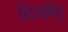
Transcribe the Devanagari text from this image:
चित्रबिंदु